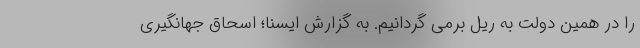
را در همین دولت به ریل برمی گردانیم. به گزارش ایسنا؛ اسحاق جهانگیری